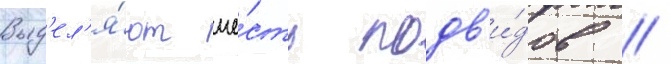
Выд'ел'я́ют ше́сть подв'и́дов //